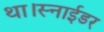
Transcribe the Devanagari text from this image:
था।स्नाईडर